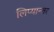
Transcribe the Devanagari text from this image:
लिप्यान्तर